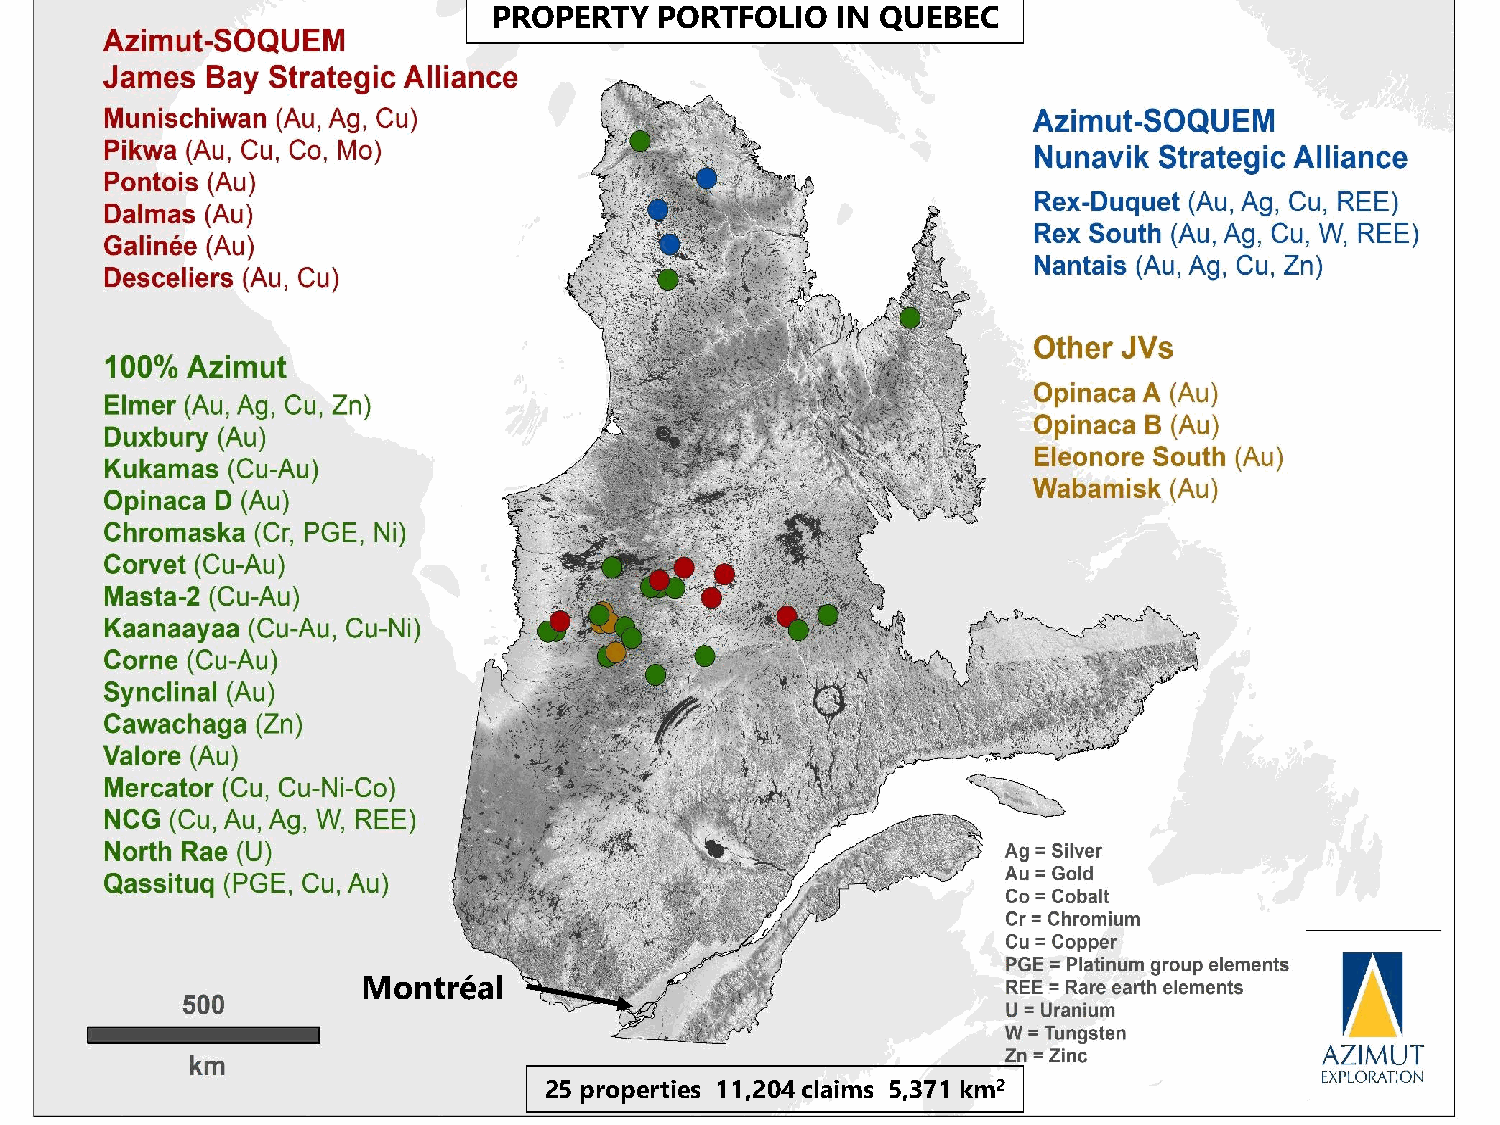
PROPERTY   PORTFOLIO  IN QUEBEC
 PROPERTY   PORTFOLIO   IN QUEBEC
 Montréal
 25 properties 10,949 claims 4,843 km2
 25 properties 11,204 claims 5,371 km2